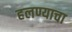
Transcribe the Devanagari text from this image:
हलण्याचा